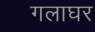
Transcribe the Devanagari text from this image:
गलाघर